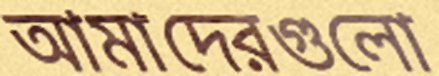
আমাদেরগুলো